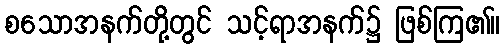
စသောအနက်တို့တွင် သင့်ရာအနက်၌ ဖြစ်ကြ၏။